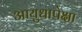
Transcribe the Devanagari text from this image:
आयुधापेक्षा